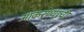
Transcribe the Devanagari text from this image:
आकरण्याची